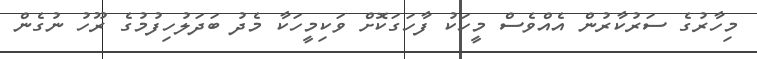
މިހާރުގެ ސަރުކާރުން އެއްވެސް މީހަކު ފާހަގަކޮށް ވަކިމީހަކާ މެދު ބަދަލުހިފުމުގެ ރޫހު ނުގެން